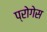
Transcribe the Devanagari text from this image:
प्रोगेस